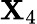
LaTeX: \mathbf{X}_{4}